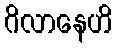
ဂိလာနေဟိ